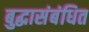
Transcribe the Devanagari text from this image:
बुद्धासंबंधित